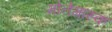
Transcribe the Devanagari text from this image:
मोनेगास्क